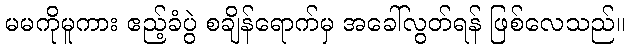
မမကိုမူကား ဧည့်ခံပွဲ စချိန်ရောက်မှ အခေါ်လွတ်ရန် ဖြစ်လေသည်။